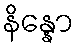
နိန္နော